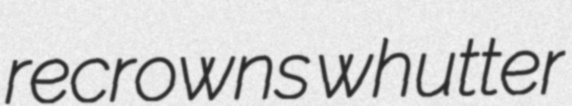
recrowns whutter